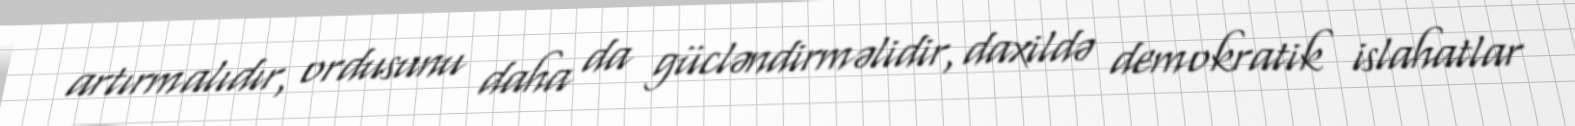
artırmalıdır, ordusunu daha da gücləndirməlidir, daxildə demokratik islahatlar